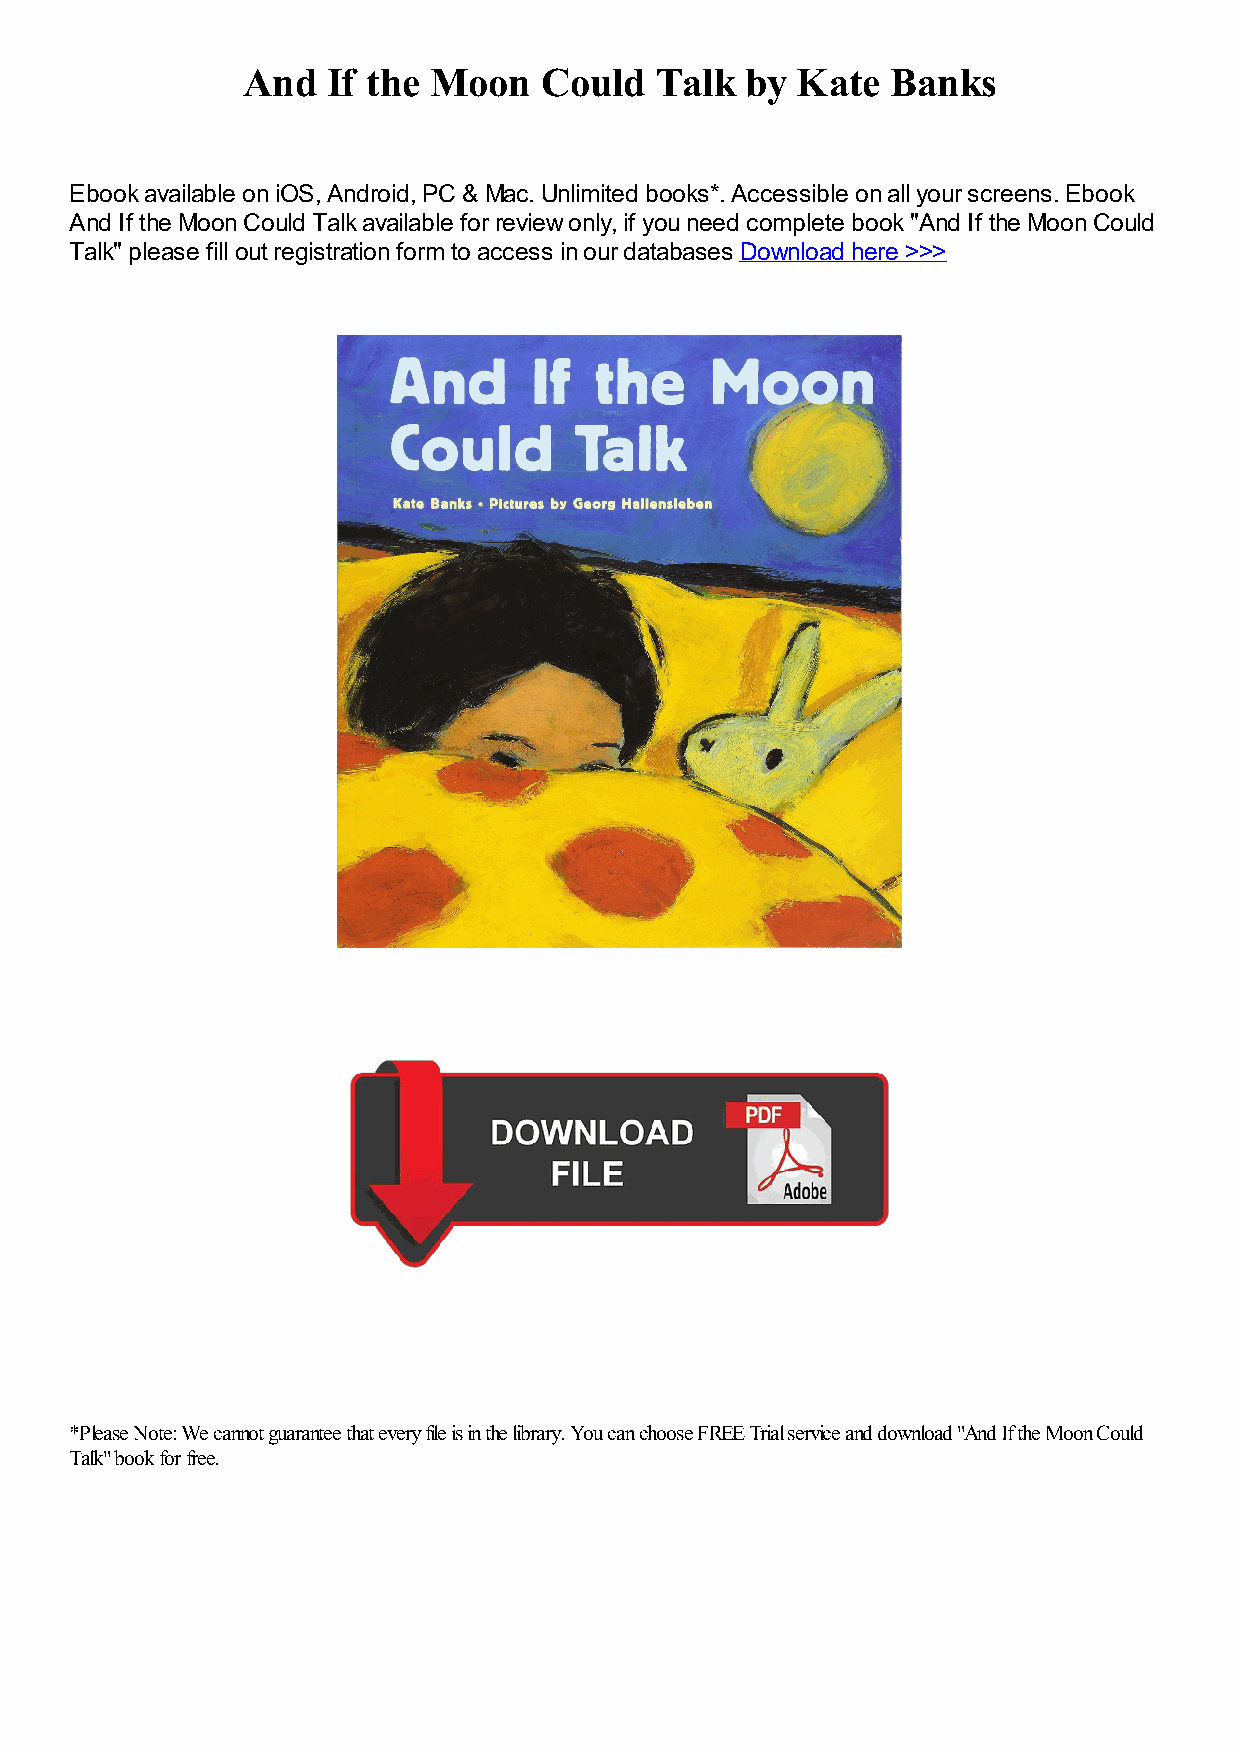
And   If the Moon   Could  Talk  by  Kate  Banks
 Ebook available on iOS, Android, PC & Mac. Unlimited books*. Accessible on all your screens. Ebook
 And If the Moon Could Talk available for review only, if you need complete book "And If the Moon Could
 Talk" please fill out registration form to access in our databases Download here >>>
 *Please Note: We cannot guarantee that every file is in the library. You can choose FREE Trial service and download "And If the Moon Could
 Talk" book for free.